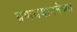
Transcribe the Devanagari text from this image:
प्रणयभावनेच्या